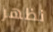
نظهر